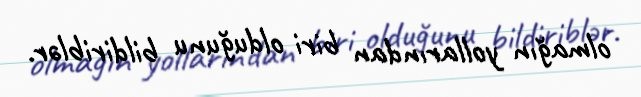
olmağın yollarından biri olduğunu bildiriblər.